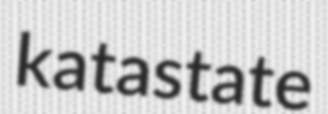
katastate